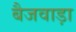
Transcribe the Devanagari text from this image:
बैजवाड़ा